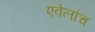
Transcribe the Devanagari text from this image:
एवेलांच